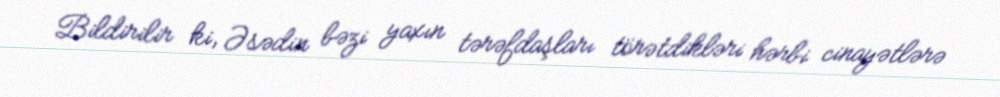
Bildirilir ki, Əsədin bəzi yaxın tərəfdaşları törətdikləri hərbi cinayətlərə